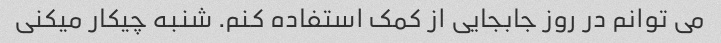
می توانم در روز جابجایی از کمک استفاده کنم. شنبه چیکار میکنی